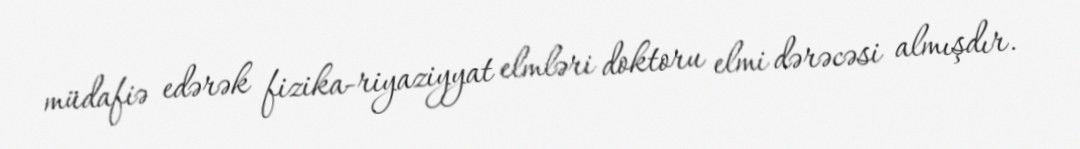
müdafiə edərək fizika-riyaziyyat elmləri doktoru elmi dərəcəsi almışdır.